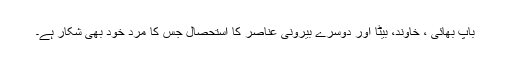
باپ بھائی ، خاوند، بیٹا اور دوسرے بیرونی عناصر کا استحصال جس کا مرد خود بھی شکار ہے۔